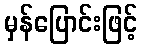
မှန်ပြောင်းဖြင့်